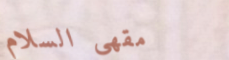
مقهى السلام